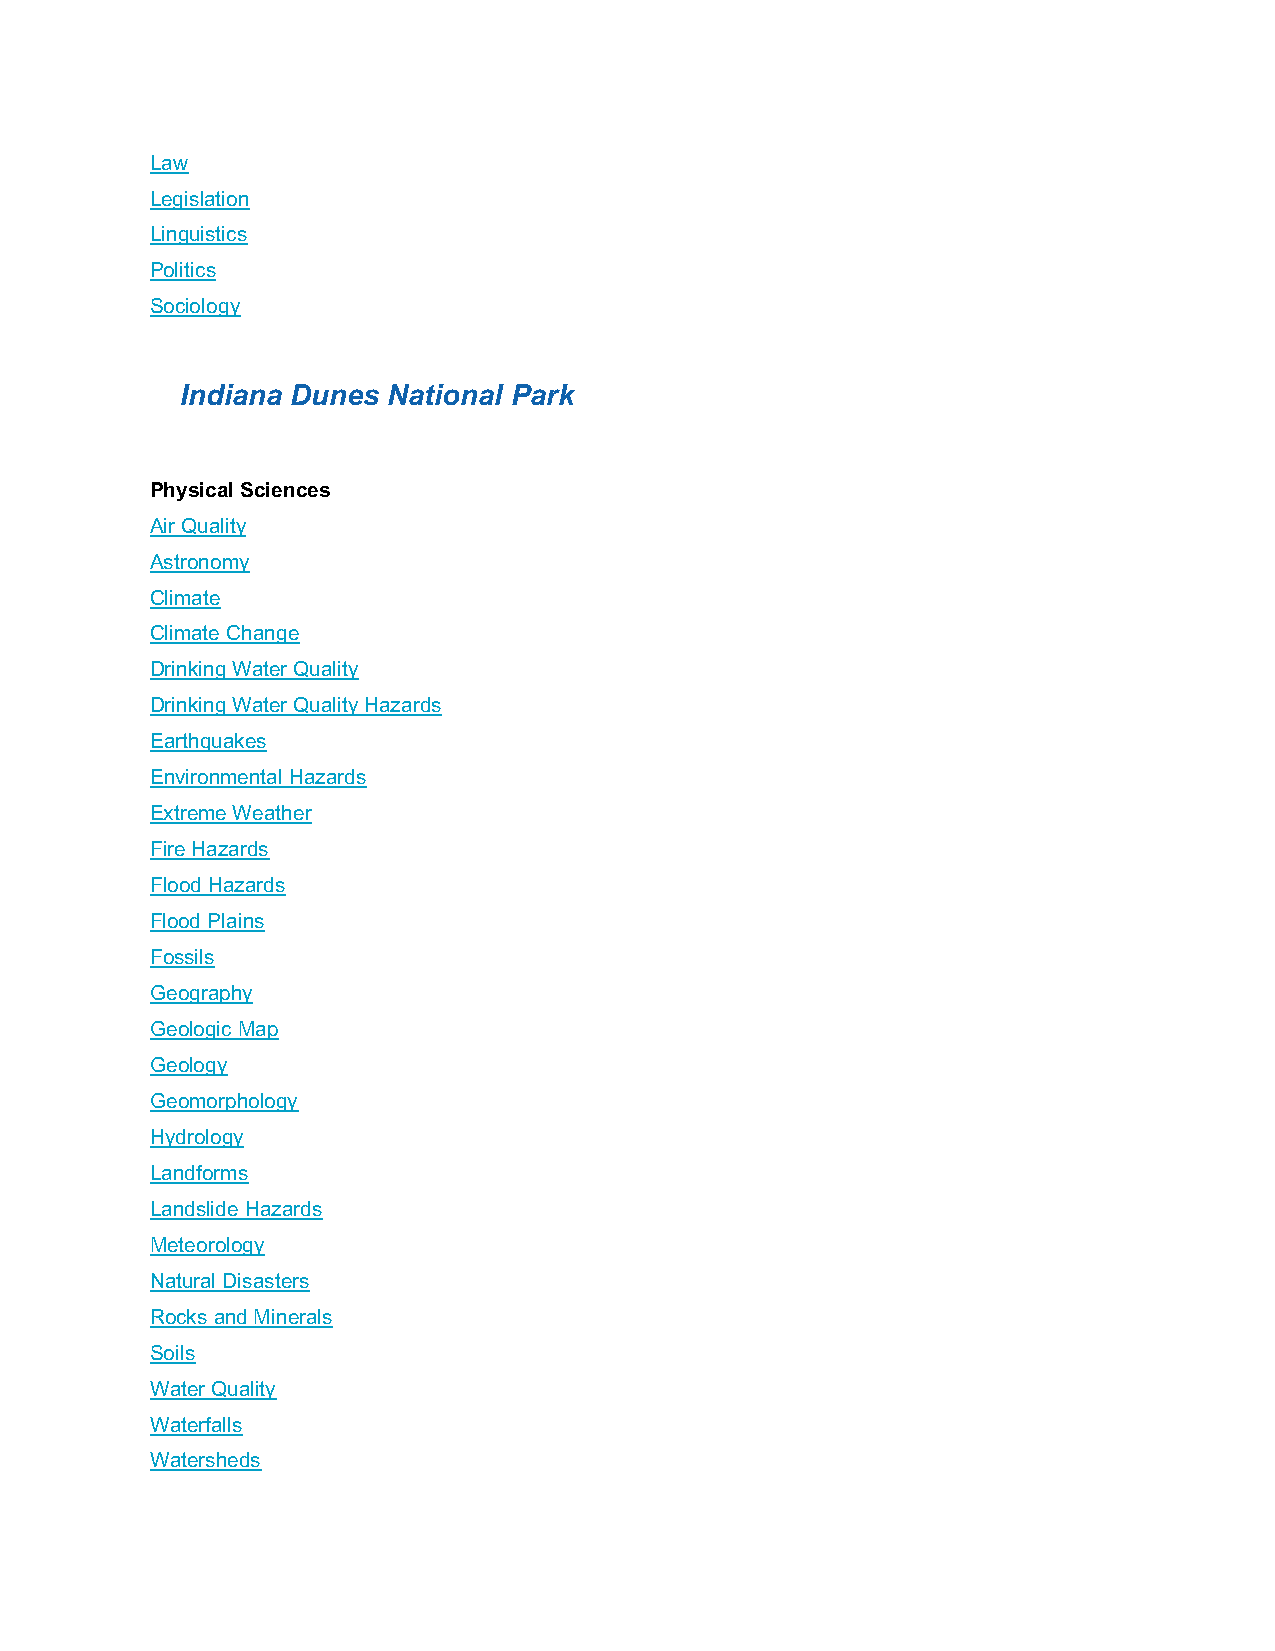
Law
 Legislation
 Linguistics
 Politics
 Sociology
 Indiana Dunes National Park
 Physical Sciences
 Air Quality
 Astronomy
 Climate
 Climate Change
 Drinking Water Quality
 Drinking Water Quality Hazards
 Earthquakes
 Environmental Hazards
 Extreme Weather
 Fire Hazards
 Flood Hazards
 Flood Plains
 Fossils
 Geography
 Geologic Map
 Geology
 Geomorphology
 Hydrology
 Landforms
 Landslide Hazards
 Meteorology
 Natural Disasters
 Rocks and Minerals
 Soils
 Water Quality
 Waterfalls
 Watersheds